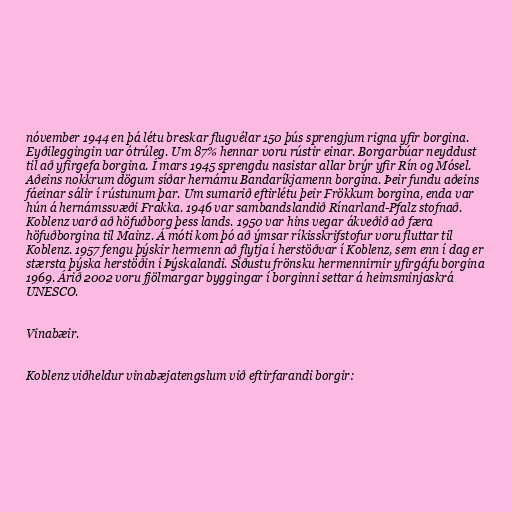
nóvember 1944 en þá létu breskar flugvélar 150 þús sprengjum rigna yfir borgina.
Eyðileggingin var ótrúleg. Um 87% hennar voru rústir einar. Borgarbúar neyddust
til að yfirgefa borgina. Í mars 1945 sprengdu nasistar allar brýr yfir Rín og Mósel.
Aðeins nokkrum dögum síðar hernámu Bandaríkjamenn borgina. Þeir fundu aðeins
fáeinar sálir í rústunum þar. Um sumarið eftirlétu þeir Frökkum borgina, enda var
hún á hernámssvæði Frakka. 1946 var sambandslandið Rínarland-Pfalz stofnað.
Koblenz varð að höfuðborg þess lands. 1950 var hins vegar ákveðið að færa
höfuðborgina til Mainz. Á móti kom þó að ýmsar ríkisskrifstofur voru fluttar til
Koblenz. 1957 fengu þýskir hermenn að flytja í herstöðvar í Koblenz, sem enn í dag er
stærsta þýska herstöðin í Þýskalandi. Síðustu frönsku hermennirnir yfirgáfu borgina
1969. Árið 2002 voru fjölmargar byggingar í borginni settar á heimsminjaskrá
UNESCO.

Vinabæir.

Koblenz viðheldur vinabæjatengslum við eftirfarandi borgir: